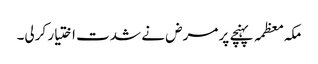
مکہ معظمہ پہنچے پر مرض نے شدت اختیار کرلی۔